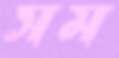
সম